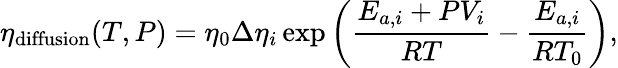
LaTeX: \eta_{\mathrm{diffusion}}(T,P)=\eta_{0}\Delta\eta_{i}\exp\left(\frac{E_{a,i}+PV_{i}}{RT}-\frac{E_{a,i}}{RT_{0}}\right),